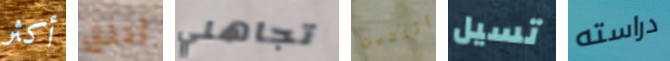
أكثر أتثق تجاهلي اثنتين تسيل دراسته